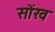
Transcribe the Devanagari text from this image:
सोंख